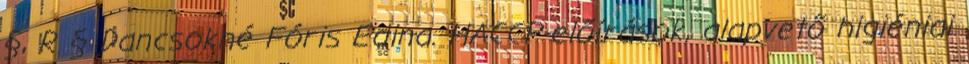
§, R § Dancsokné Fóris Edina. HACCP-előírások, alapvető higiéniai